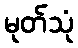
မုတ်သုံ